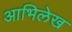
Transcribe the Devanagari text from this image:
आभिलेख